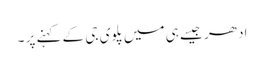
ادھر جیسے ہی میں پلوی جی کے کہنے پر ۔